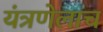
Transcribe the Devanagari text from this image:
यंत्रणेलाच